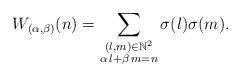
LaTeX: \begin{align*} W_{(\alpha, \beta)}(n) = \sum_{\substack{ {(l,m)\in\mathbb{N}^{2}} \\ {\alpha\,l+\beta\,m=n}} }\sigma(l)\sigma(m). \end{align*}